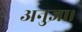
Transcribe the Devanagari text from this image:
अनुज्ञा।